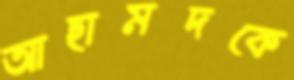
আহামদকে